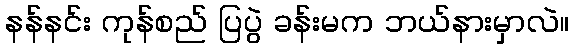
နန်နင်း ကုန်စည် ပြပွဲ ခန်းမက ဘယ်နားမှာလဲ။